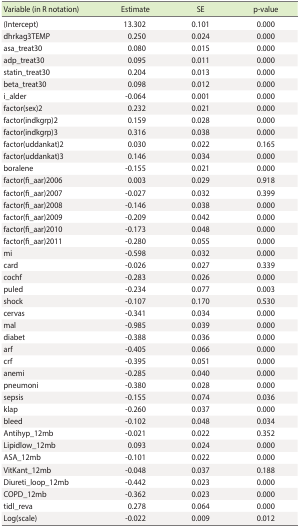
<table><thead><tr><td><b>Variable (in R notation)</b></td><td><b>Estimate</b></td><td><b>SE</b></td><td><b>p-value</b></td></tr></thead><tbody><tr><td>(Intercept)</td><td>13.302</td><td>0.101</td><td>0.000</td></tr><tr><td>dhrkag3TEMP</td><td>0.250</td><td>0.024</td><td>0.000</td></tr><tr><td>asa_treat30</td><td>0.080</td><td>0.015</td><td>0.000</td></tr><tr><td>adp_treat30</td><td>0.095</td><td>0.011</td><td>0.000</td></tr><tr><td>statin_treat30</td><td>0.204</td><td>0.013</td><td>0.000</td></tr><tr><td>beta_treat30</td><td>0.098</td><td>0.012</td><td>0.000</td></tr><tr><td>i_alder</td><td>-0.064</td><td>0.001</td><td>0.000</td></tr><tr><td>factor(sex)2</td><td>0.232</td><td>0.021</td><td>0.000</td></tr><tr><td>factor(indkgrp)2</td><td>0.159</td><td>0.028</td><td>0.000</td></tr><tr><td>factor(indkgrp)3</td><td>0.316</td><td>0.038</td><td>0.000</td></tr><tr><td>factor(uddankat)2</td><td>0.030</td><td>0.022</td><td>0.165</td></tr><tr><td>factor(uddankat)3</td><td>0.146</td><td>0.034</td><td>0.000</td></tr><tr><td>boralene</td><td>-0.155</td><td>0.021</td><td>0.000</td></tr><tr><td>factor(fi_aar)2006</td><td>0.003</td><td>0.029</td><td>0.918</td></tr><tr><td>factor(fi_aar)2007</td><td>-0.027</td><td>0.032</td><td>0.399</td></tr><tr><td>factor(fi_aar)2008</td><td>-0.146</td><td>0.038</td><td>0.000</td></tr><tr><td>factor(fi_aar)2009</td><td>-0.209</td><td>0.042</td><td>0.000</td></tr><tr><td>factor(fi_aar)2010</td><td>-0.173</td><td>0.048</td><td>0.000</td></tr><tr><td>factor(fi_aar)2011</td><td>-0.280</td><td>0.055</td><td>0.000</td></tr><tr><td>mi</td><td>-0.598</td><td>0.032</td><td>0.000</td></tr><tr><td>card</td><td>-0.026</td><td>0.027</td><td>0.339</td></tr><tr><td>cochf</td><td>-0.283</td><td>0.026</td><td>0.000</td></tr><tr><td>puled</td><td>-0.234</td><td>0.077</td><td>0.003</td></tr><tr><td>shock</td><td>-0.107</td><td>0.170</td><td>0.530</td></tr><tr><td>cervas</td><td>-0.341</td><td>0.034</td><td>0.000</td></tr><tr><td>mal</td><td>-0.985</td><td>0.039</td><td>0.000</td></tr><tr><td>diabet</td><td>-0.388</td><td>0.036</td><td>0.000</td></tr><tr><td>arf</td><td>-0.405</td><td>0.066</td><td>0.000</td></tr><tr><td>crf</td><td>-0.395</td><td>0.051</td><td>0.000</td></tr><tr><td>anemi</td><td>-0.285</td><td>0.040</td><td>0.000</td></tr><tr><td>pneumoni</td><td>-0.380</td><td>0.028</td><td>0.000</td></tr><tr><td>sepsis</td><td>-0.155</td><td>0.074</td><td>0.036</td></tr><tr><td>klap</td><td>-0.260</td><td>0.037</td><td>0.000</td></tr><tr><td>bleed</td><td>-0.102</td><td>0.048</td><td>0.034</td></tr><tr><td>Antihyp_12mb</td><td>-0.021</td><td>0.022</td><td>0.352</td></tr><tr><td>Lipidlow_12mb</td><td>0.093</td><td>0.024</td><td>0.000</td></tr><tr><td>ASA_12mb</td><td>-0.101</td><td>0.022</td><td>0.000</td></tr><tr><td>VitKant_12mb</td><td>-0.048</td><td>0.037</td><td>0.188</td></tr><tr><td>Diureti_loop_12mb</td><td>-0.442</td><td>0.023</td><td>0.000</td></tr><tr><td>COPD_12mb</td><td>-0.362</td><td>0.023</td><td>0.000</td></tr><tr><td>tidl_reva</td><td>0.278</td><td>0.064</td><td>0.000</td></tr><tr><td>Log(scale)</td><td>-0.022</td><td>0.009</td><td>0.012</td></tr></tbody></table>